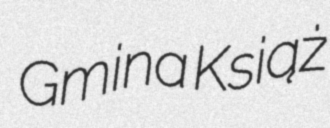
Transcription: Gmina Książ